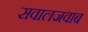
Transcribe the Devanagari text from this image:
सवालजवाब